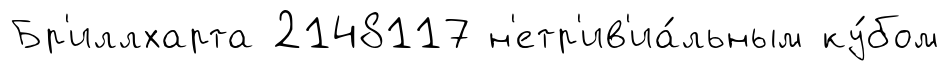
Бр'иллхарта 2148117 н'етр'ив'иа́льным ку́бом